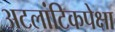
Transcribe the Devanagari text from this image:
अटलांटिकपेक्षा